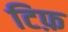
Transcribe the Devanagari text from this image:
टिफ़